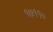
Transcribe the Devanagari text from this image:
१७११०